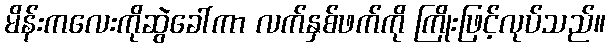
မိန်းကလေးကိုဆွဲခေါ်ကာ လက်နှစ်ဖက်ကို ကြိုးဖြင့်လုပ်သည်။